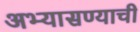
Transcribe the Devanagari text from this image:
अभ्यासण्याची